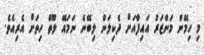
މި ހިމޭން މަންޒަރު އައިފާއަށް ދެކިލަން ލިބޭނެ ނަމައޭ ލޫތް ހިތަށް އެރިއެވެ.